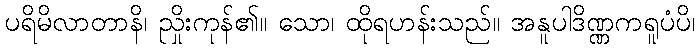
ပရိမိလာတာနိ၊ ညှိုးကုန်၏။ သော၊ ထိုရဟန်းသည်။ အနူပါဒိဏ္ဏကရူပံပိ၊